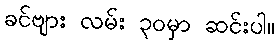
ခင်ဗျား လမ်း ၃၀မှာ ဆင်းပါ။